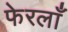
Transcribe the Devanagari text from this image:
फेरलाँ